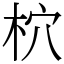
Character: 柼